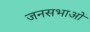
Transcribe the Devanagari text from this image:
जनसभाआें